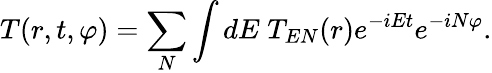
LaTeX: T(r,t,\varphi)=\sum_{N}\int dE\; T_{EN}(r)e^{-iEt}e^{-iN\varphi}.